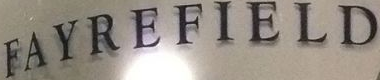
FAYREFIELD